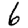
Digit: 6